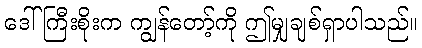
ဒေါ်ကြီးစိုးက ကျွန်တော့်ကို ဤမျှချစ်ရှာပါသည်။